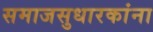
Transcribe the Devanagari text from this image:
समाजसुधारकांना